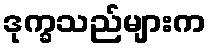
ဒုက္ခသည်များက